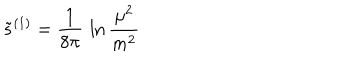
LaTeX: \tilde { s } ^ { ( 1 ) } = { \frac { 1 } { 8 \pi } } \, \ln { \frac { \mu ^ { 2 } } { m ^ { 2 } } }